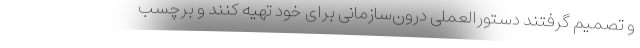
و تصمیم گرفتند دستورالعملی درون‌سازمانی برای خود تهیه کنند و برچسب